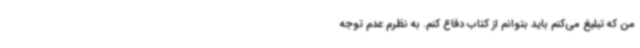
من که تبلیغ می‌کنم باید بتوانم از کتاب دفاع کنم. به نظرم عدم توجه